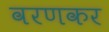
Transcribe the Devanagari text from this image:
वरणकर